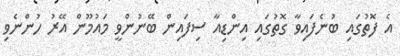
އެ ފޮތުގައި ބުނެފައިވާ ގޮތުގައި އިންޑިއާ ސިފައިން ބޭނުންވީ މައުމޫން އޭރު ހުންނެވި